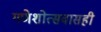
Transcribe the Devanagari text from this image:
गणेशोत्सवासही